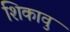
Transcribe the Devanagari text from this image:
शिकावु